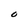
Character: O